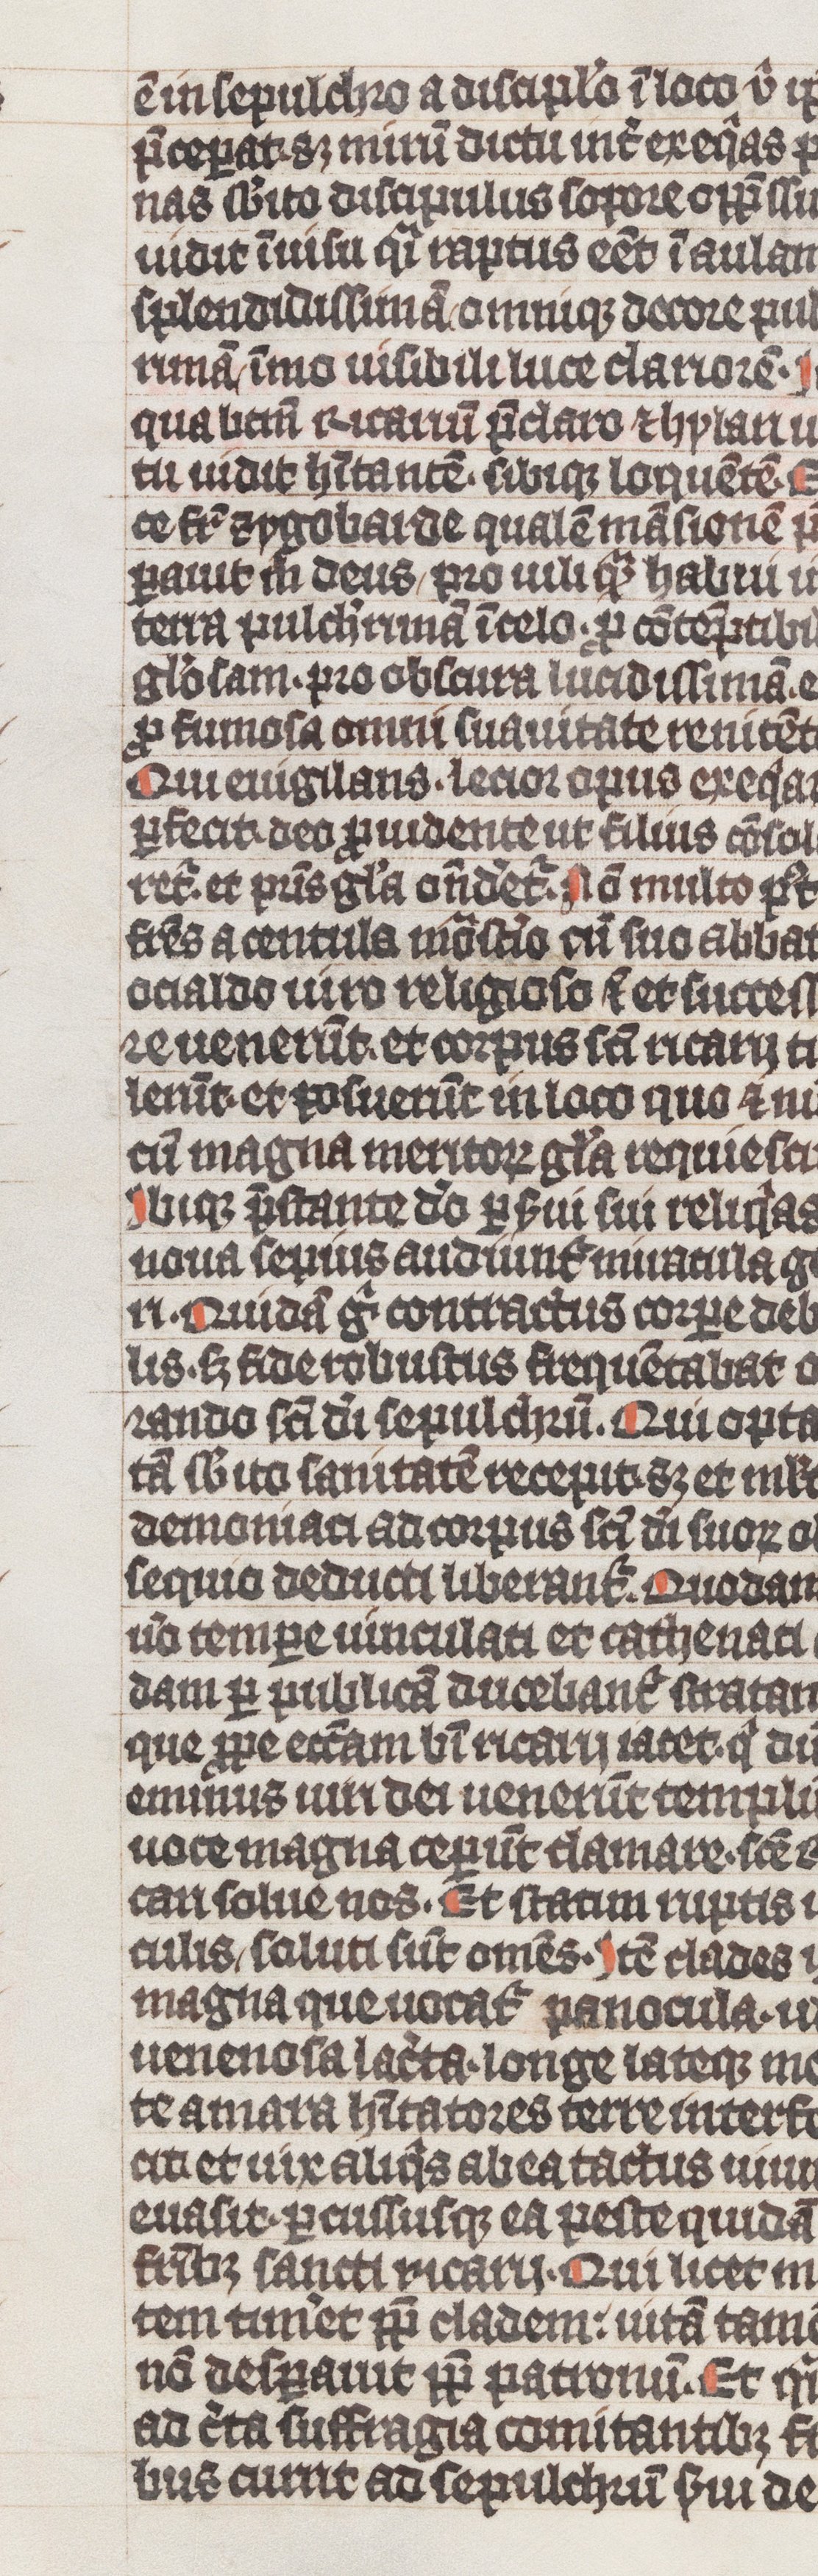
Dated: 1338–1340